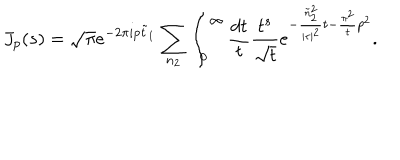
J _ { p } ( s ) = \sqrt { \pi } e ^ { - 2 \pi i p \tilde { t } _ { 1 } } \sum _ { n _ { 2 } } \int _ { 0 } ^ { \infty } \frac { d t } { t } \frac { t ^ { s } } { \sqrt { t } } e ^ { - \frac { \tilde { n } _ { 2 } ^ { 2 } } { | \tau | ^ { 2 } } t - \frac { \pi ^ { 2 } } { t } p ^ { 2 } } .